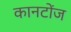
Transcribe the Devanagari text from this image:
कानटोंज